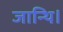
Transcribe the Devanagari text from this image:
जान्थि।